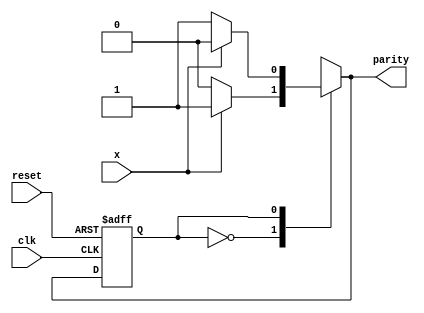
module parity_checker_Mealy_3processes (
    input clk, 
    input reset, 
    input x, 
    output reg parity
);

parameter S0=0, S1=1;
reg state, nextstate;

// always block to update current state
always @(posedge clk or posedge reset) begin // asynchronous reset
    if (reset)       
        state <= S0; 
    else      
        state <= nextstate; 
end

// always block to compute output
always @(state or x) begin
    parity = 1'b0;    
    
    case(state)       
        S0: if(x)              
                parity = 1;        
        S1: if(!x)              
                parity = 1;     
    endcase  
end

// always block to compute nextstate
always @(state or x) begin
    nextstate = S0;    
    
    case(state)       
        S0: if(x)              
            nextstate = S1;        
        S1: if(!x)              
            nextstate = S1;        
    endcase
end

endmodule